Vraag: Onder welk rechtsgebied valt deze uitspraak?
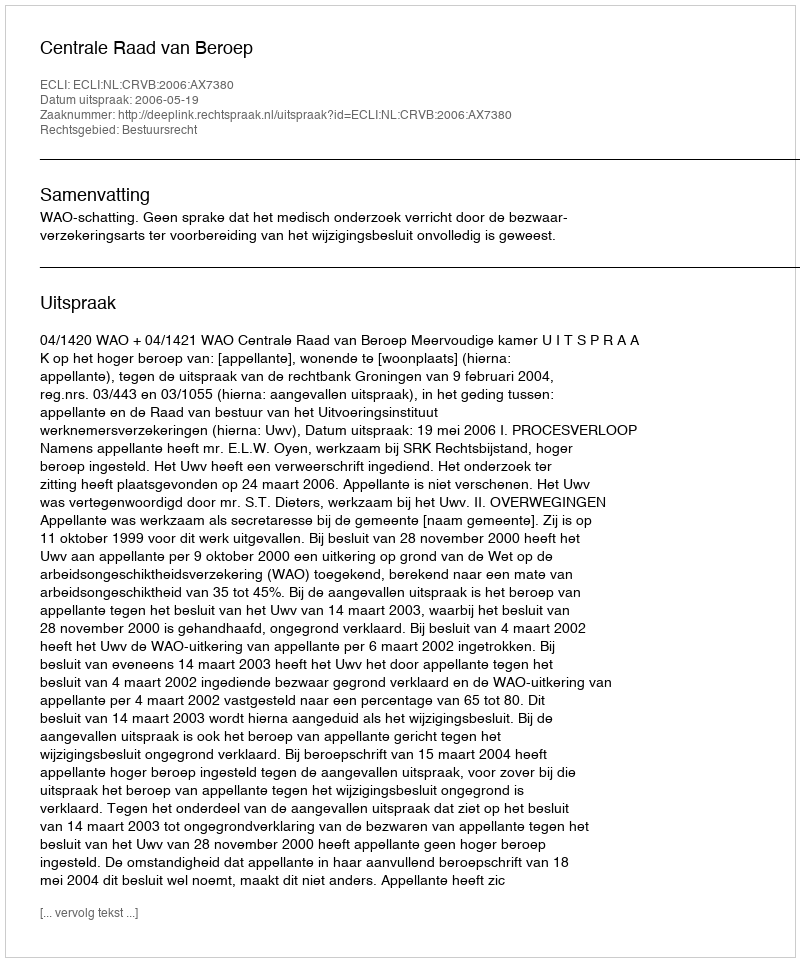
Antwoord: Bestuursrecht